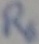
Text: R4